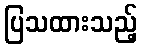
ပြသထားသည့်